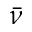
\bar { \nu }